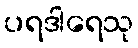
ပရဒါရေသု